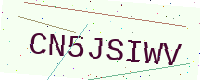
Text: CN5JSIWV